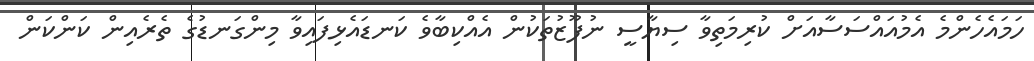
ހަމައެހެންމެ އެމުއައްސަސާއަށް ކުރިމަތިވާ ސިޔާސީ ނުފޫޒުތަކުން އެއްކިބާވެ ކަނޑައެޅިފައިވާ މިންގަނޑުގެ ތެރެއިން ކަންކަން